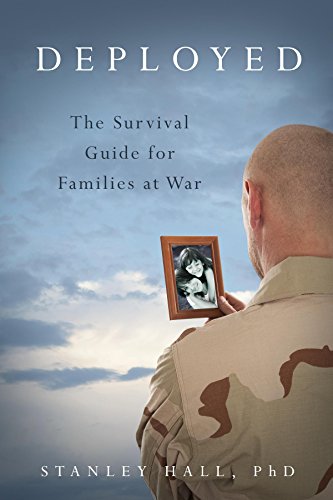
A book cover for Deployed: The Survival Guide for Families at War; Stanley Hall; Parenting & Relationships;